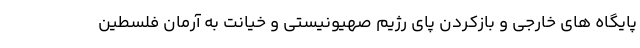
پایگاه های خارجی و بازکردن پای رژیم صهیونیستی و خیانت به آرمان فلسطین